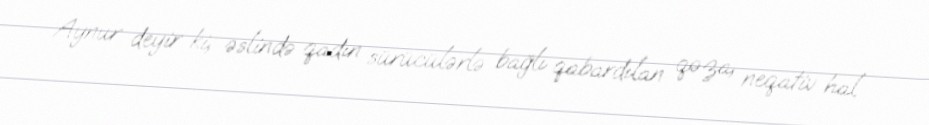
Aynur deyir ki, əslində qadın sürücülərlə bağlı qabardılan qəza, neqativ hal